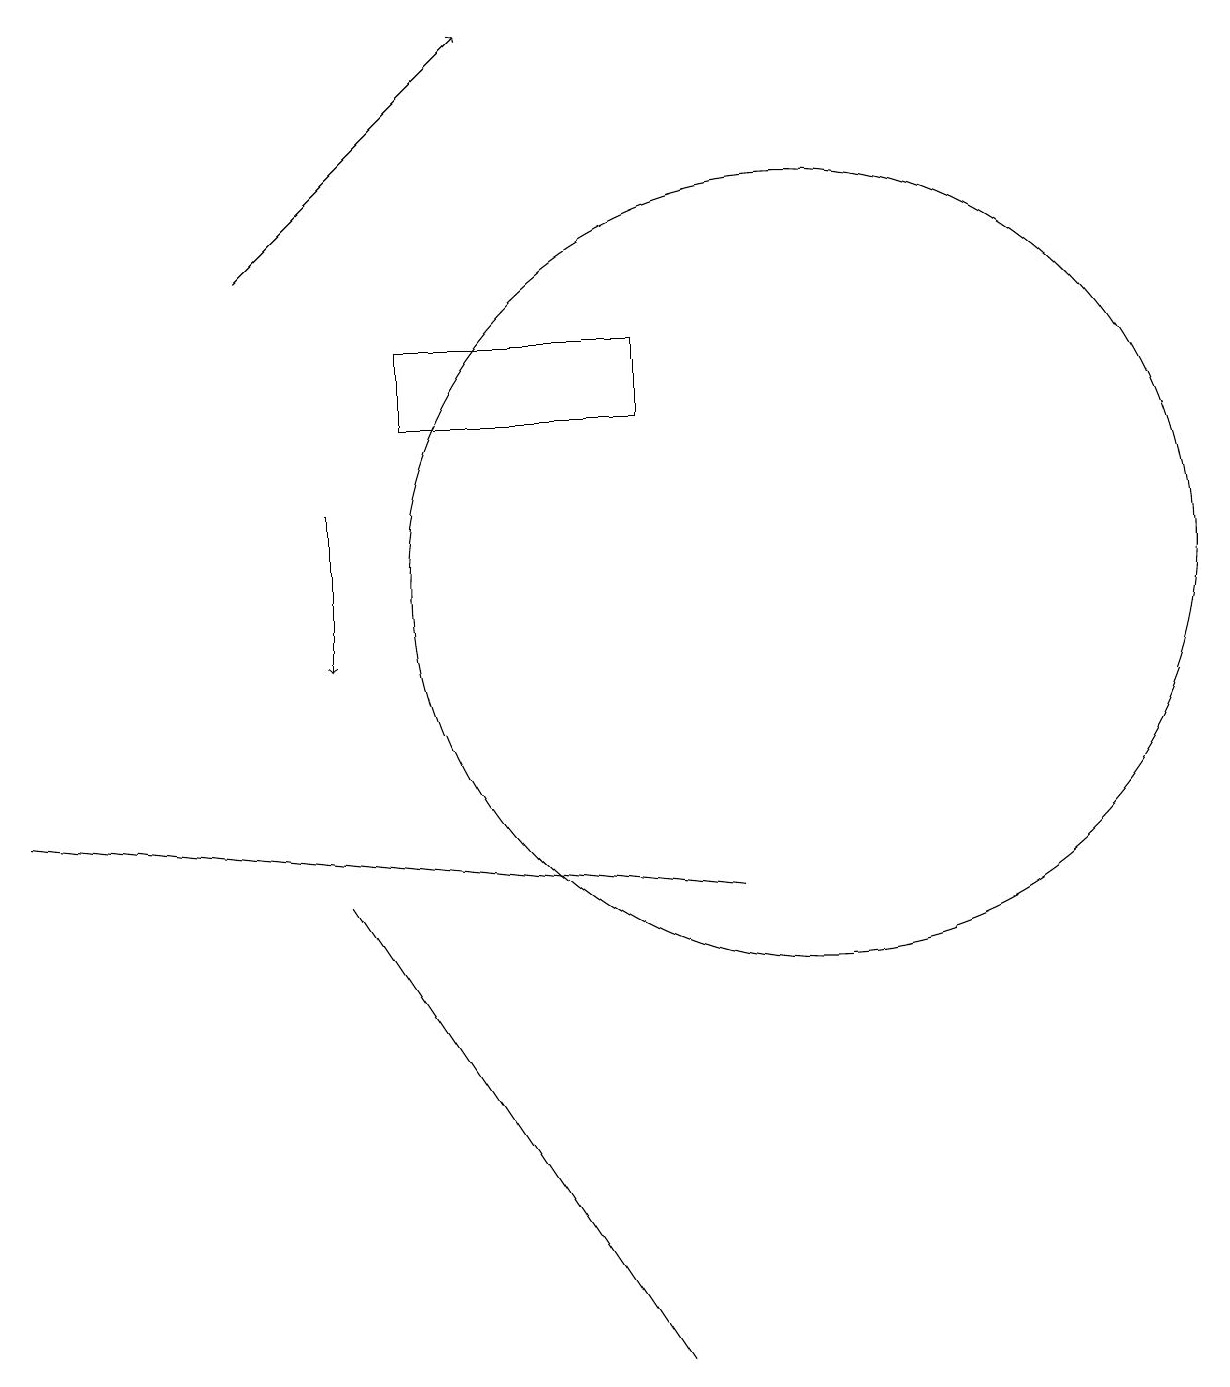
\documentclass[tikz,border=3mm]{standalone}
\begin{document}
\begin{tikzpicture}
\draw[->] (4,12) -- (4,10);
\draw (8,13) rectangle (5,14);
\draw (10,11) circle (5);
\draw (4,7) -- (8,1) -- (6,4) -- cycle;
\draw[->] (3,15) -- (6,18);
\draw (0,8) -- (9,7) -- (9,7) -- cycle;
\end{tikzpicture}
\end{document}